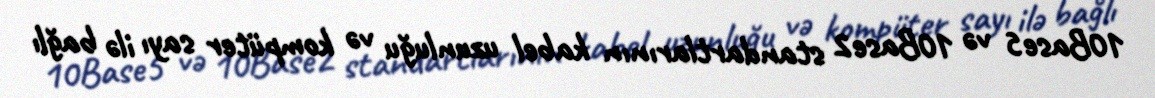
10Base5 və 10Base2 standartlarının kabel uzunluğu və kompüter sayı ilə bağlı